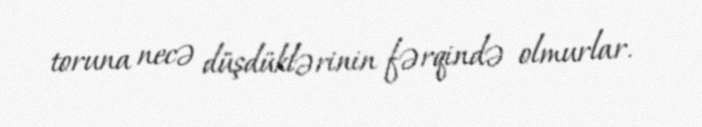
toruna necə düşdüklərinin fərqində olmurlar.